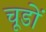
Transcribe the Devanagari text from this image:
चूडों